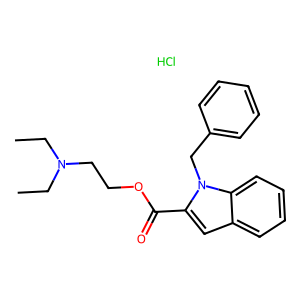
SMILES: CCN(CC)CCOC(=O)c1cc2ccccc2n1Cc1ccccc1.Cl
Inhibits HIV replication: No